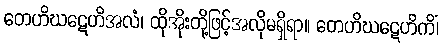
တေဟိဃဋေဟိအလံ၊ ထိုအိုးတို့ဖြင့်အလိုမရှိရာ။ တေဟိဃဋေဟိကိံ၊